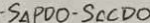
\cdot S _ { \Delta } P D O - S _ { \Delta } C D O